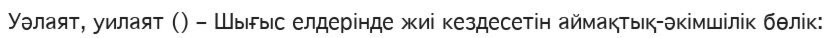
Уәлаят, уилаят () – Шығыс елдерінде жиі кездесетін аймақтық-әкімшілік бөлік: